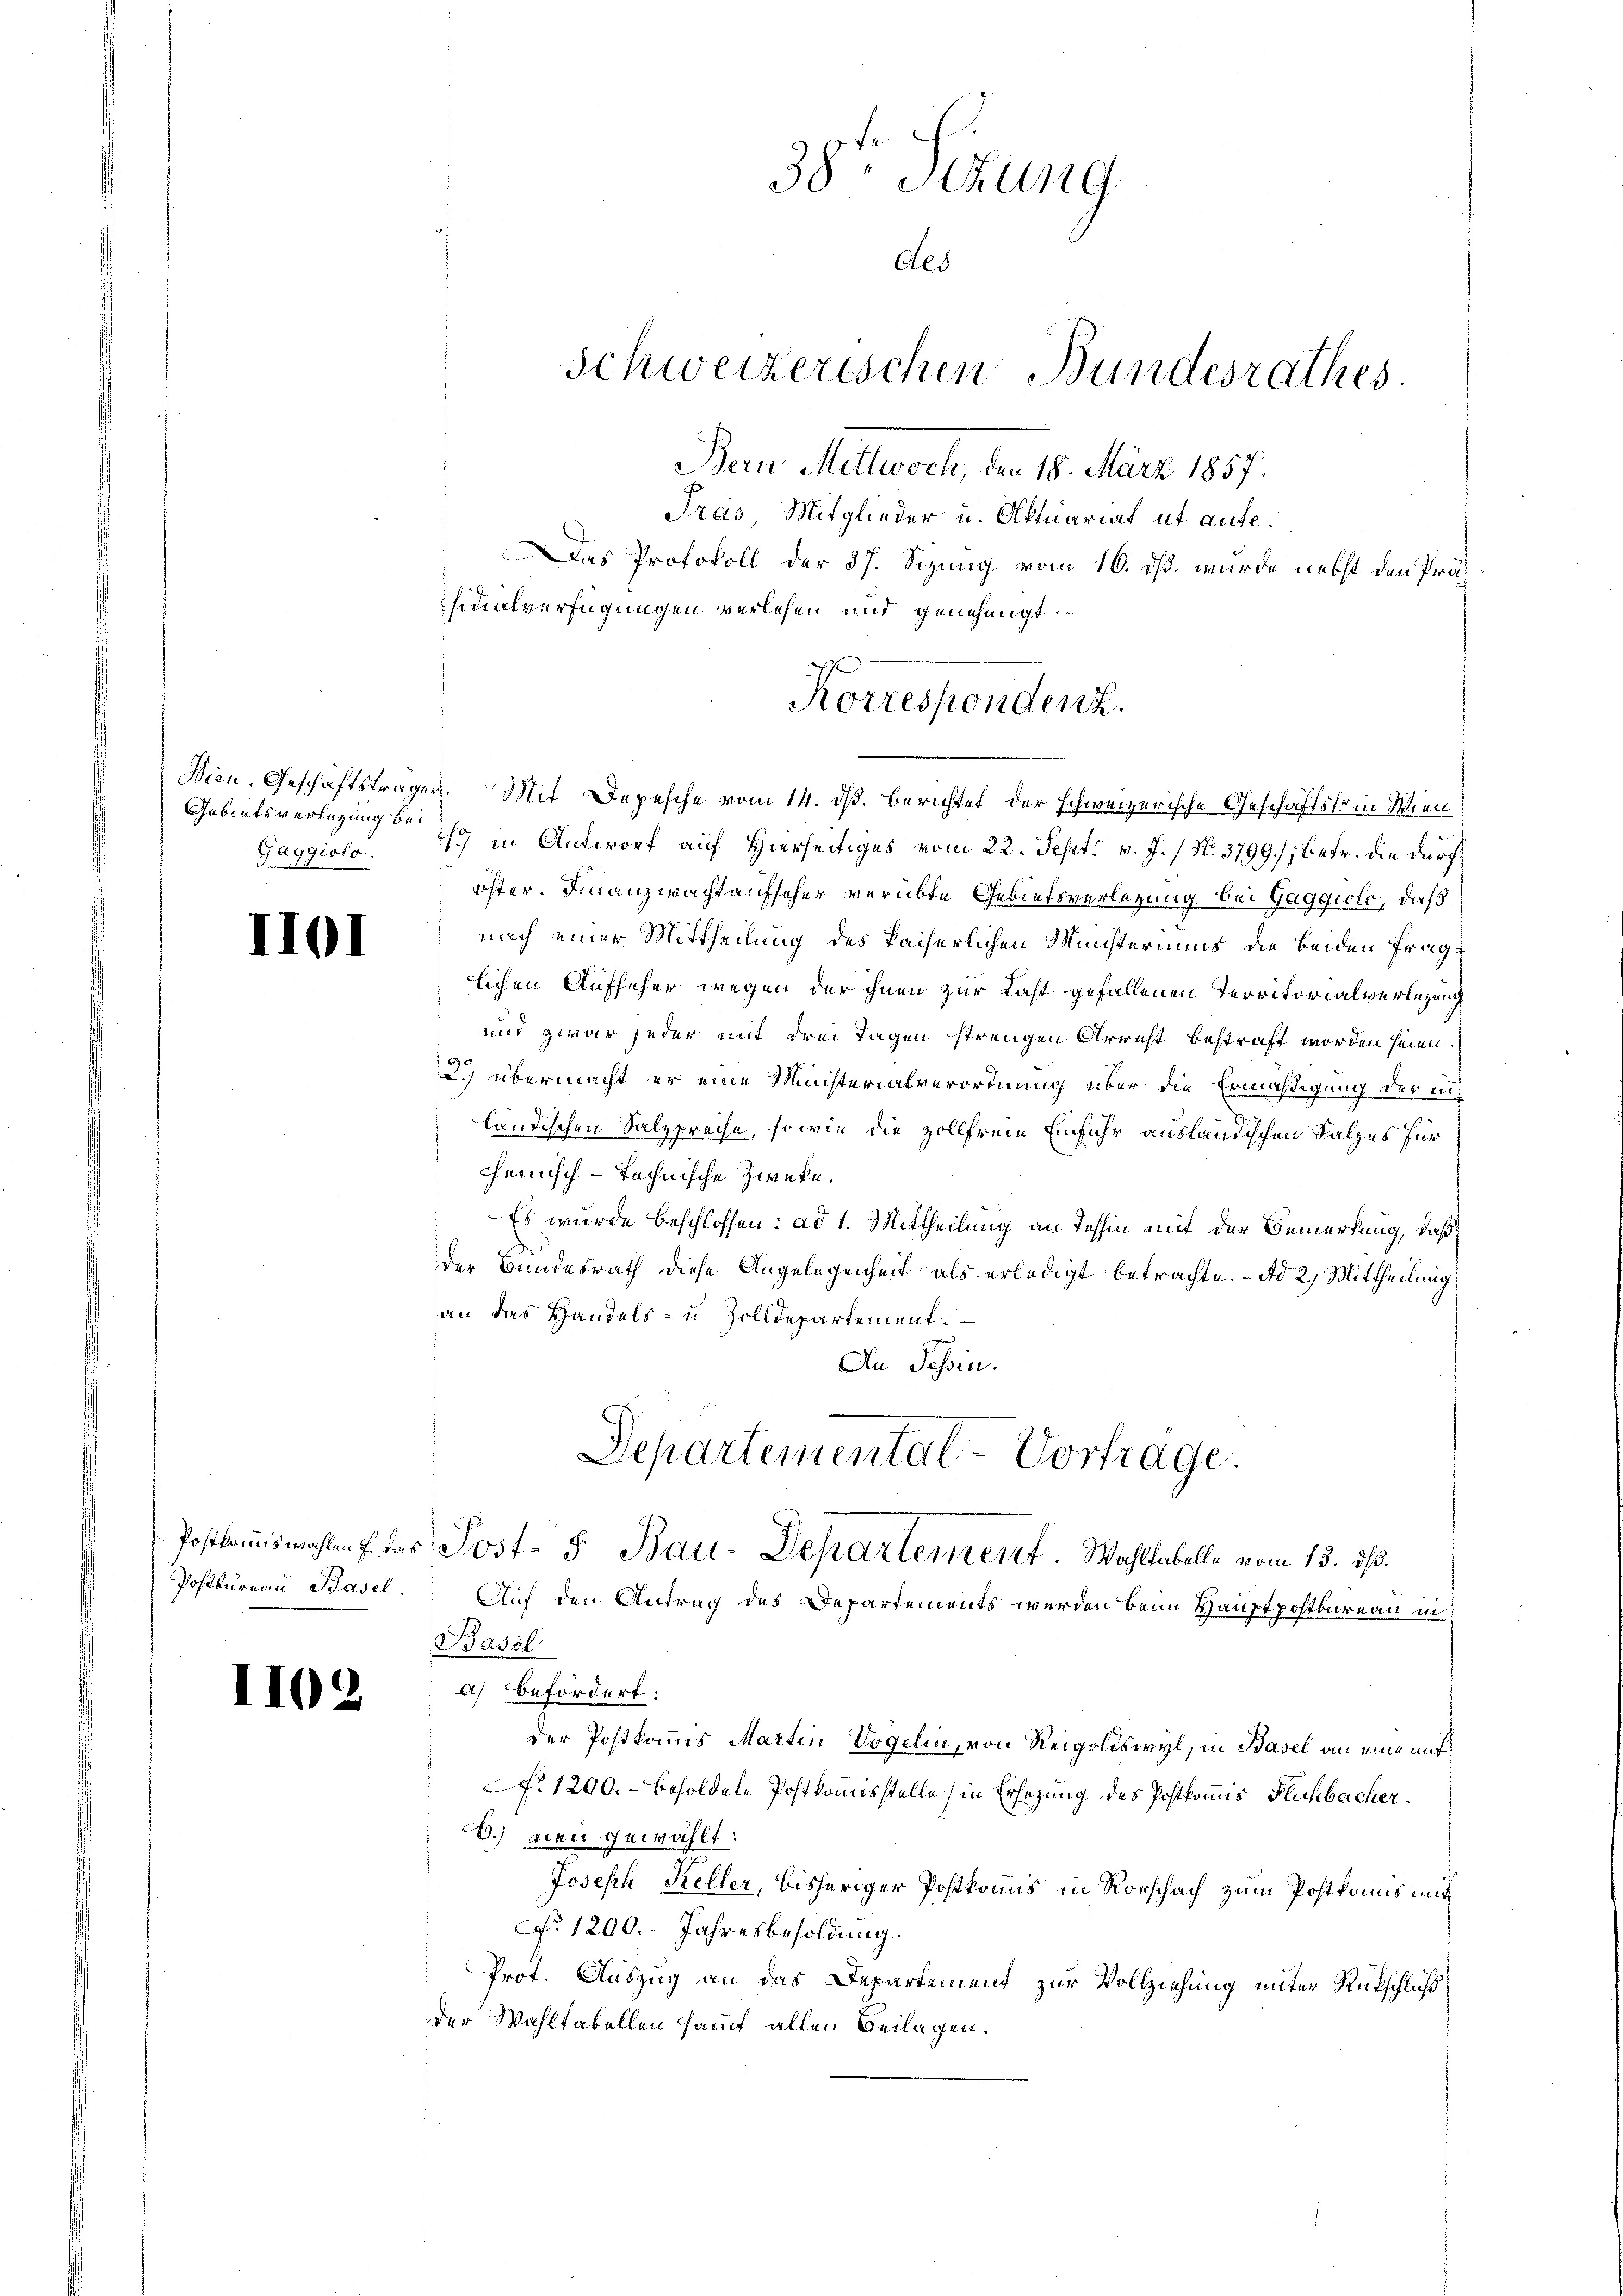
Gebietsverlegung bei

I101

I102

Träs, Mitglieder u. Aktuariat ut aufe.
as Protokoll der 37. Sizung vom 16. dß. wurde nebst den Präs
sitalverfügungen verlesen und genehmigt.
Wien, Geschäftsträger. Mit Depesche vom 14. ds. berichtet der schweizerische Geschäftsform Wien
Gaggiola: 1) in Antwort auf Hierseitiges vom 22. Sept. v. J. / No. 3799.), betr. die durchöster. Finanzwachtaufseher verübte Gebietsverletzung bei Gaggiolo, daß
nach einer Mittheilung des kaiserlichen Ministeriums die beiden Frag
lichen Aufseher wegen der ihnen zur Last gefallenen Territorialverlegung
und zwar jeder mit drei Tagen strengen Arricht bestraft worden seien.
2.) übermacht er eine Ministerialverordnung über die Ermäßigung der ni
ländischen Salzpreise, sowie die Zollfreie Einfuhr ausländischen Salzes für
cheinisch-technische Zwecke.
Es wurde beschlossen: ad 1. Mittheilung an Tessin mit der Bemerkung, daß
der Bundesrath diese Angelegenheit als erledigt betrachte. - Ad 2. Mittheilung
an das Handels- u Zolldepartement.
An Tessin.
Departemental-Vortrage.
Postkommiswahlen f. das Post- & Bau-Departement. Wohltabelle vom 13. ds.
Postkureau Basel. Auf den Antrag des Departements werden beim Hauptpostkureau in
Basil
a) Befördert:
der Postkommis Martin Vogelin, von Reigoldswyl, in Basel an eine mit
f. 1200.- besoldete Postkommisstelle (in Ersezung des Postkommis Fluchbacher.
8.) Den gewählt:
Joseph Keller, bisheriger Postkommis in Vorschach zum Postkommis mit
No 1200. Jahresbesoldung.
Prot. Auszug an das Departement zur Vollziehung unter Rückschluß
Der Wahltakellen samt allen Beilagen.

38 Sitzung
Als
Schweizerischen Bundesrathes.
Bern Mittwoch, den 18. März 1857.

Korrespondenz.